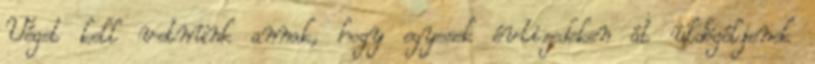
Véget kell vetnünk annak, hogy egyesek évtizedeken át üldögéljenek